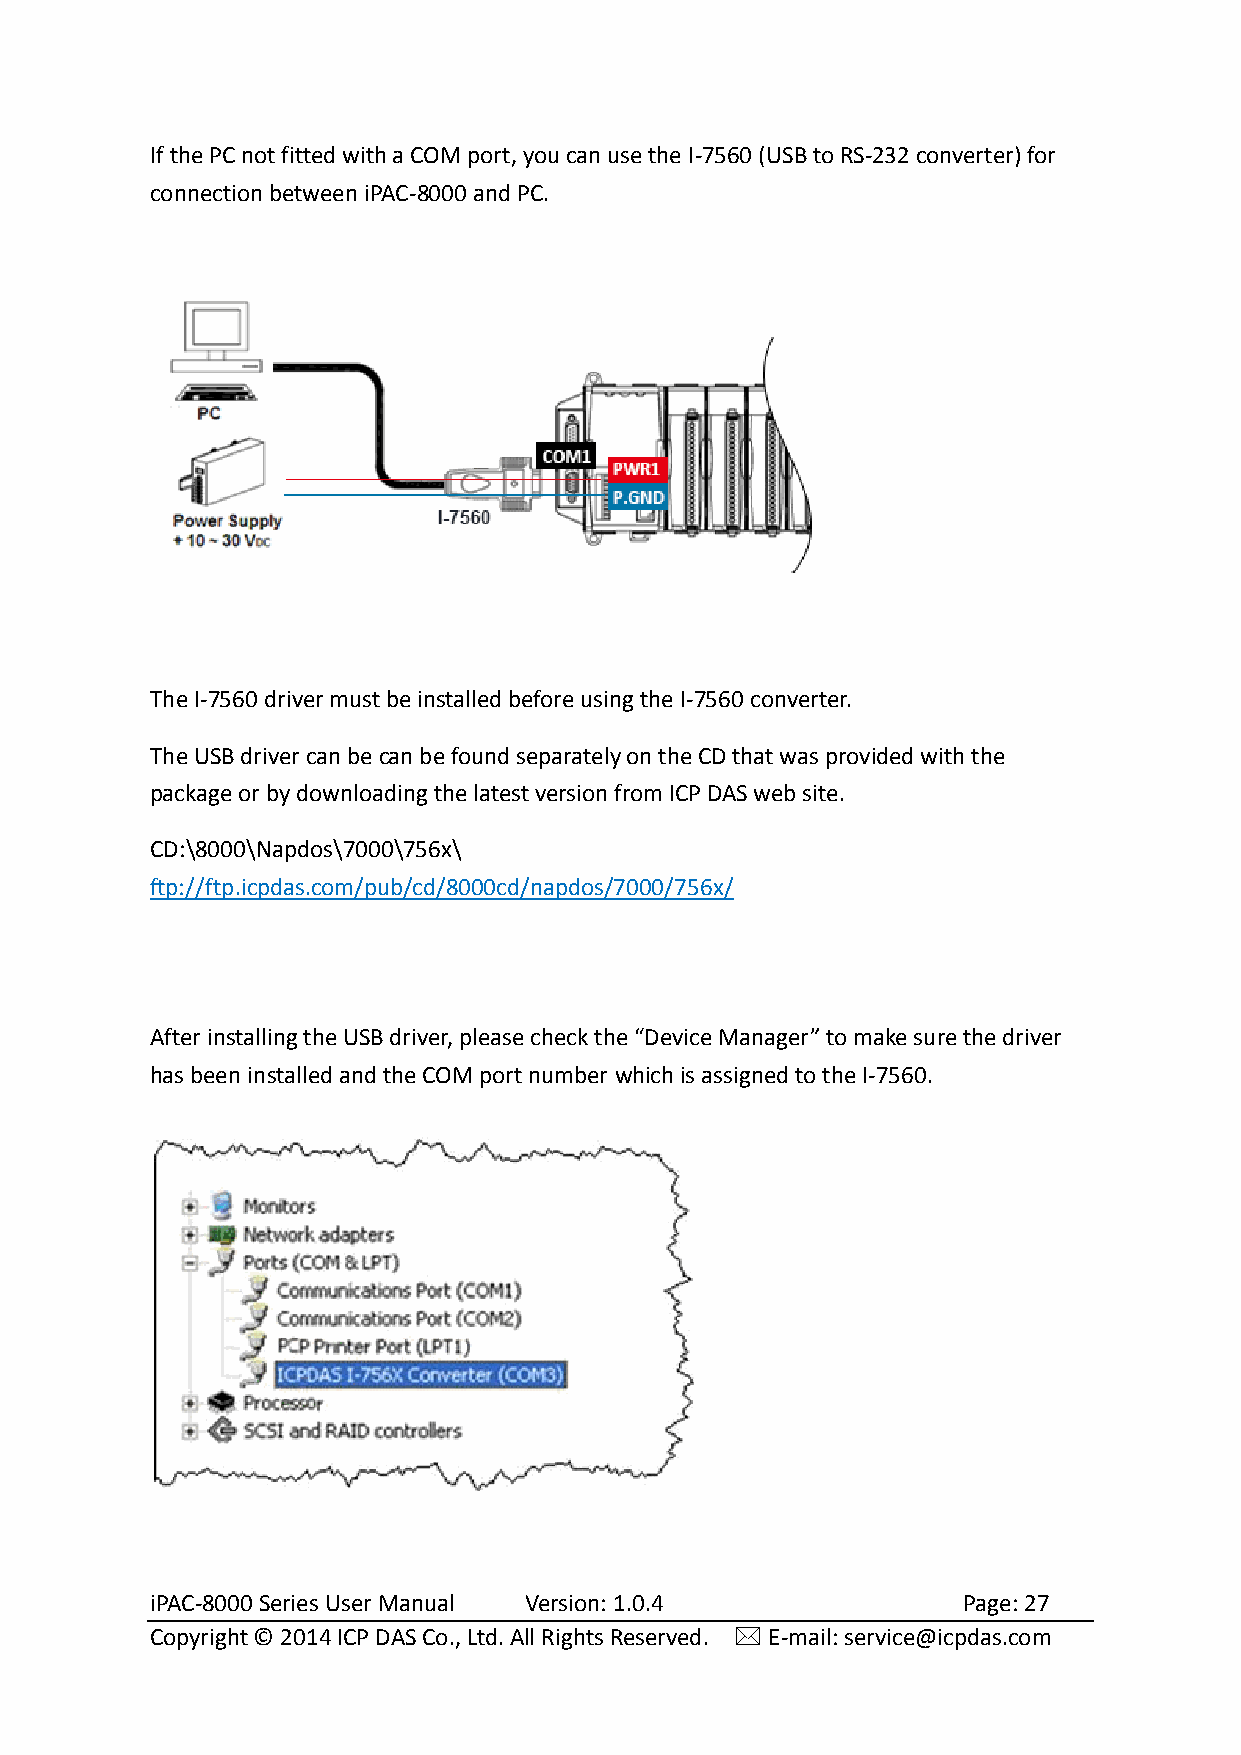
If the PC not fitted with a COM port, you can use the I-7560 (USB to RS-232 converter) for
 connection between iPAC-8000 and PC.
 The I-7560 driver must be installed before using the I-7560 converter.
 The USB driver can be can be found separately on the CD that was provided with the
 package or by downloading the latest version from ICP DAS web site.
 CD:\8000\Napdos\7000\756x\
 ftp://ftp.icpdas.com/pub/cd/8000cd/napdos/7000/756x/
 After installing the USB driver, please check the “Device Manager” to make sure the driver
 has been installed and the COM port number which is assigned to the I-7560.
 iPAC-8000 Series User Manual Version: 1.0.4           Page: 27
 Copyright © 2014 ICP DAS Co., Ltd. All Rights Reserved.  E-mail: service@icpdas.com